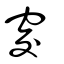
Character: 窔